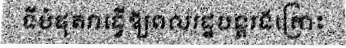
ទីបំផុតវាធ្វើឱ្យពលរដ្ឋបន្តរងគ្រោះ